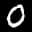
Label: 0